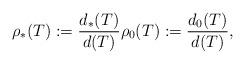
LaTeX: \begin{align*}\rho_*(T):= \frac{d_*(T)}{d(T)} \rho_0(T) := \frac{d_0(T)}{d(T)},\end{align*}